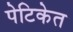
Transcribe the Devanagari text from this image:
पेटिकेत